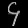
Digit: ၄